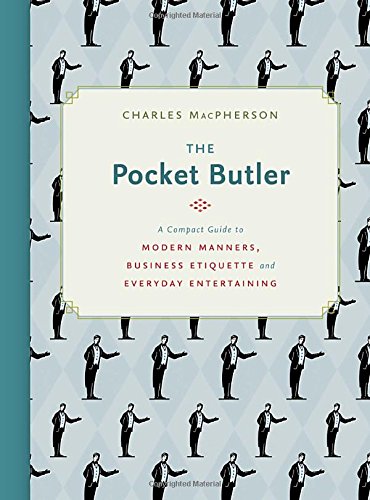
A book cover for The Pocket Butler: A Compact Guide to Modern Manners, Business Etiquette and Everyday Entertaining; Charles MacPherson; Business & Money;